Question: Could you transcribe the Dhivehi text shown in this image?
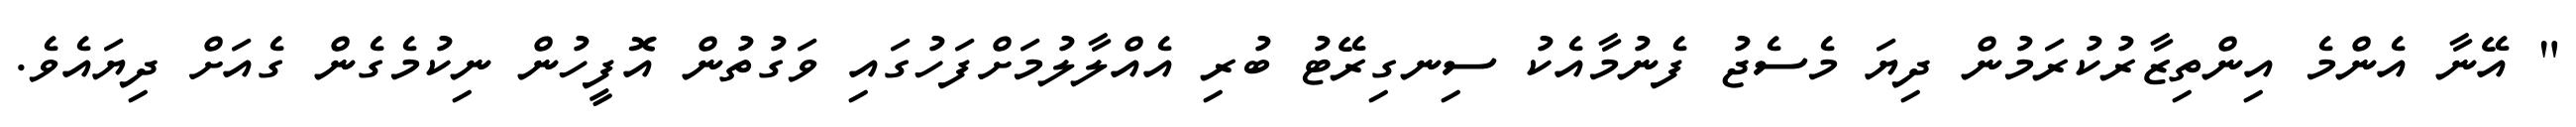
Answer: " އޭނާ އެންމެ އިންތިޒާރުކުރަމުން ދިޔަ މެސެޖު ފެނުމާއެކު ސިނގިރޭޓު ބުރި އެއްލާލުމަށްފަހުގައި ވަގުތުން އޮފީހުން ނިކުމެގެން ގެއަށް ދިޔައެވެ.